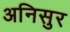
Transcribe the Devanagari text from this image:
अनिसुर